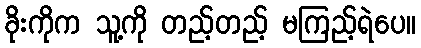
ခိုးကိုက သူ့ကို တည့်တည့် မကြည့်ရဲပေ။